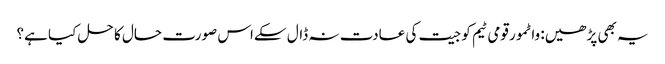
یہ بھی پڑھیں: واٹمور قومی ٹیم کو جیت کی عادت نہ ڈال سکےاس صورت حال کا حل کیا ہے؟